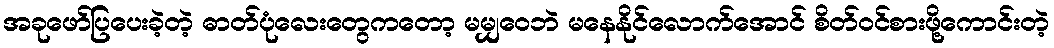
အခုဖော်ပြပေးခဲ့တဲ့ ဓာတ်ပုံလေးတွေကတော့ မမျှဝေဘဲ မနေနိုင်လောက်အောင် စိတ်ဝင်စားဖို့ကောင်းတဲ့